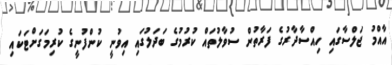
އާއްމު ޖަލްސާގައި ހިއްސާދާރުގެ ފަރާތުން ސުވާލުތައް ކުރުމުގެ ބަދަލުގައި އިވުނީ ކުންފުނީގެ ކުރިމަގަށްޓަކައި